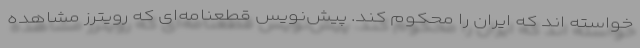
خواسته اند که ایران را محکوم کند. پیش‌نویس قطعنامه‌ای که رویترز مشاهده